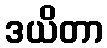
ဒယိတာ